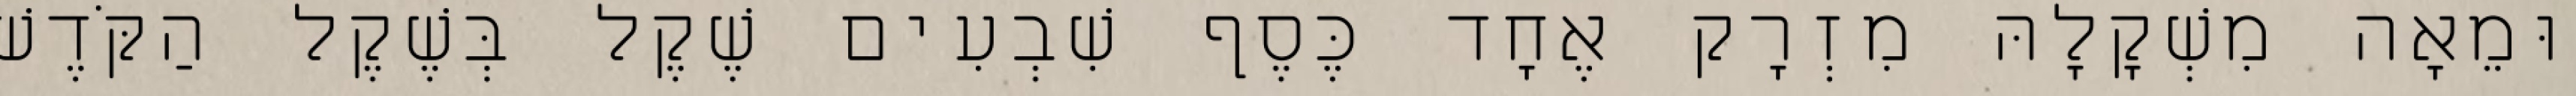
וּמֵאָה מִשְׁקָלָהּ מִזְרָק אֶחָד כֶּסֶף שִׁבְעִים שֶׁקֶל בְּשֶׁקֶל הַקֹּדֶשׁ